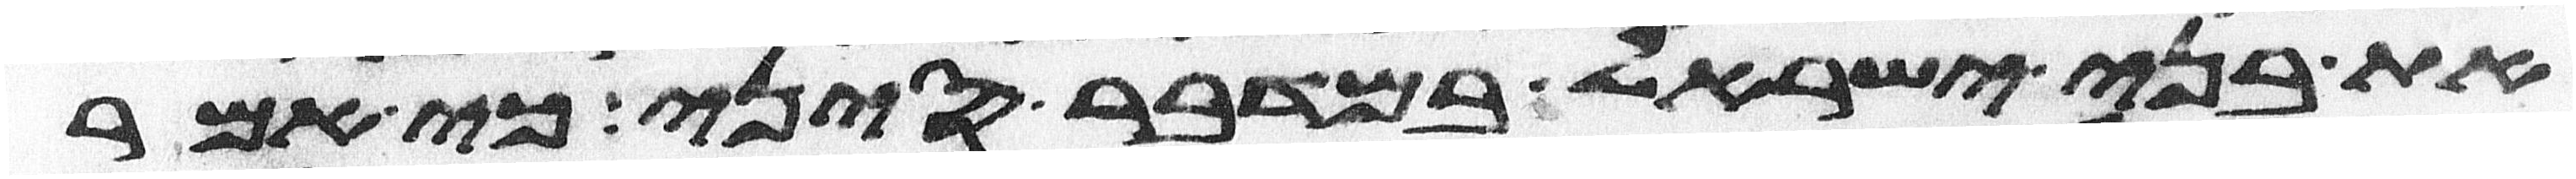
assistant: את בני ישראל במדבר סיני כי אמר